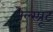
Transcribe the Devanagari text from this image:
नेल्स्प्रूट